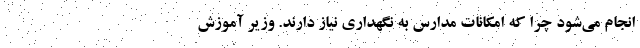
انجام می‌شود چرا که امکانات مدارس به نگهداری نیاز دارند. وزیر آموزش